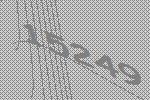
15249